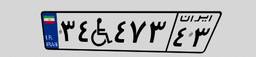
۶۰W۱۵۷۳۰